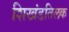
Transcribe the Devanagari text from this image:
शिखंडतिलक